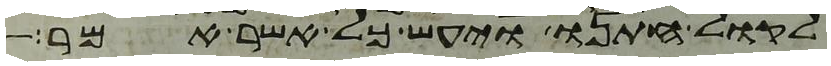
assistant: לקול חתנו ויעש כל אשר אמר